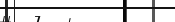
١٢